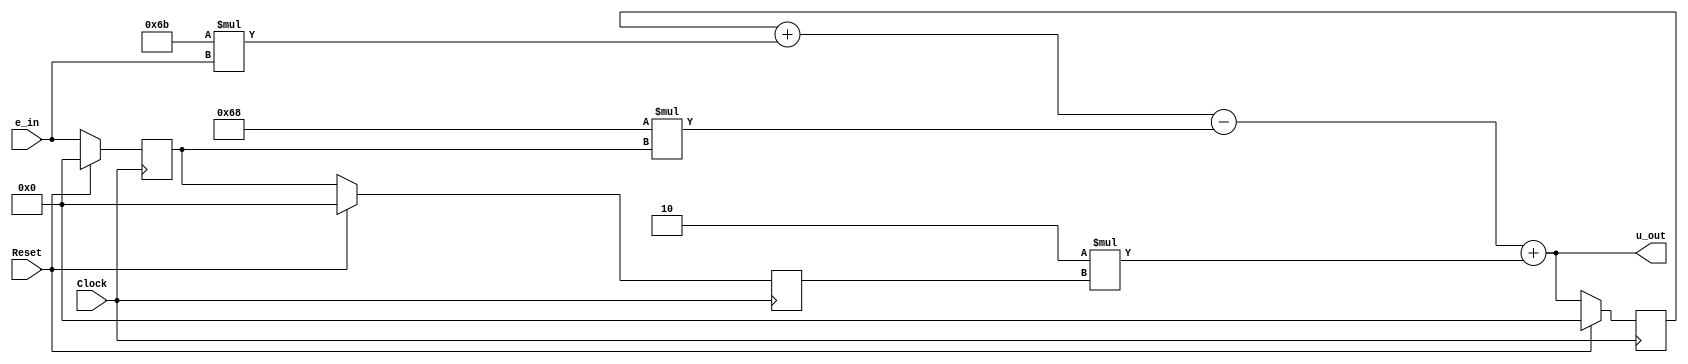
module PID (Clock, Reset, e_in, u_out);
	parameter n = 16;
	
	input Clock, Reset;
	input [n-1:0] e_in;
	output [n-1:0] u_out;
	
	parameter k1 = 107;
	parameter k2 = 104;
	parameter k3 = 2;
	
	reg [n-1:0] u_prev;
	reg [n-1:0] e_prev[1:2];
	
	assign u_out = u_prev + k1*e_in - k2*e_prev[1] + k3*e_prev[2];
	
	always @ (posedge Clock)
	begin
		if (Reset) begin
			u_prev <= 0;
			e_prev[1] <= 0;
			e_prev[2] <= 0;
		end 
		else begin
			e_prev[2] <= e_prev[1];
			e_prev[1] <= e_in;
			u_prev <= u_out;
		end 
	end
	
endmodule